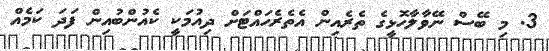
3. މި ބޭސް ނޭވާލާހޮޅީގެ ތެރެއިން އެތެރެހައްޓަށް ދިއުމަކީ ކެއުންބުއިން ފަދަ ކަމެއް